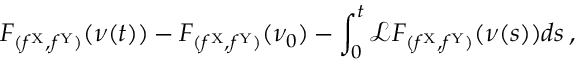
F _ { ( f ^ { \mathrm { X } } , f ^ { \mathrm { Y } } ) } ( \nu ( t ) ) - F _ { ( f ^ { \mathrm { X } } , f ^ { \mathrm { Y } } ) } ( \nu _ { 0 } ) - \int _ { 0 } ^ { t } \mathcal { L } F _ { ( f ^ { \mathrm { X } } , f ^ { \mathrm { Y } } ) } ( \nu ( s ) ) d s \, ,